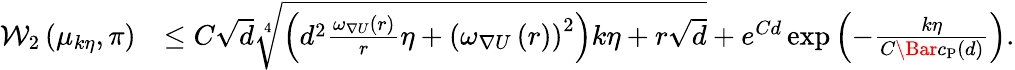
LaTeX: \begin{array}{rl}{\mathcal{W}_{2}\left(\mu_{k\eta},\pi\right)}&{\le C\sqrt{d}\sqrt[4]{\left(d^{2}\frac{\omega_{\nabla U}(r)}{r}\eta+\left(\omega_{\nabla U}\left(r\right)\right)^{2}\right)k\eta+r\sqrt{d}}+e^{Cd}\exp\left(-\frac{k\eta}{C\Bar{c}_{\mathrm{P}}(d)}\right).}\end{array}